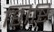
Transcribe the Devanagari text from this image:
शिष्टि